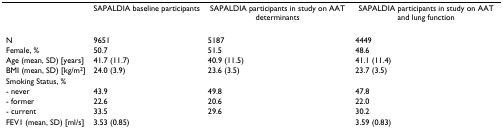
<table><thead><tr><td></td><td><b>SAPALDIA baseline participants</b></td><td><b>SAPALDIA participants in study on AAT determinants</b></td><td><b>SAPALDIA participants in study on AAT and lung function</b></td></tr></thead><tbody><tr><td>N</td><td>9651</td><td>5187</td><td>4449</td></tr><tr><td>Female, %</td><td>50.7</td><td>51.5</td><td>48.6</td></tr><tr><td>Age (mean, SD) [years]</td><td>41.7 (11.7)</td><td>40.9 (11.5)</td><td>41.1 (11.4)</td></tr><tr><td>BMI (mean, SD) [kg/m<sup>2</sup>]</td><td>24.0 (3.9)</td><td>23.6 (3.5)</td><td>23.7 (3.5)</td></tr><tr><td>Smoking Status, %</td><td></td><td></td><td></td></tr><tr><td>- never</td><td>43.9</td><td>49.8</td><td>47.8</td></tr><tr><td>- former</td><td>22.6</td><td>20.6</td><td>22.0</td></tr><tr><td>- current</td><td>33.5</td><td>29.6</td><td>30.2</td></tr><tr><td>FEV1 (mean, SD) [ml/s]</td><td>3.53 (0.85)</td><td></td><td>3.59 (0.83)</td></tr></tbody></table>